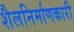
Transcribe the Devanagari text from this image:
शैलनिर्माणकारी